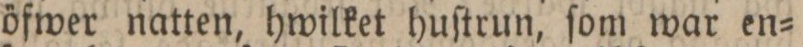
öfwer natten, hwilket huſtrun, ſom war en=